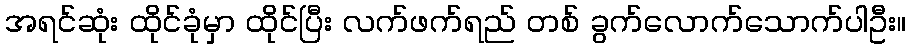
အရင်ဆုံး ထိုင်ခုံမှာ ထိုင်ပြီး လက်ဖက်ရည် တစ် ခွက်လောက်သောက်ပါဦး။